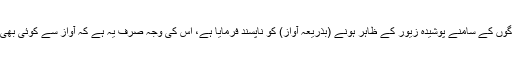
اللہ تعالیٰ نے عام لوگوں کے سامنے پوشیدہ زیور کے ظاہر ہونے (بذریعہ آواز) کو ناپسند فرمایا ہے، اس کی وجہ صرف یہ ہے کہ آواز سے کوئی بھی متوجہ ہو سکتا ہے۔